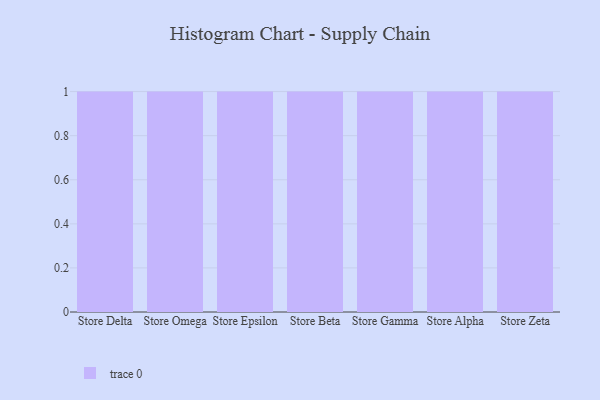
{"axis": {"x": "Store", "y": "Net Income (USD K)"}, "legend": [""], "data": [{"x": "Store Delta", "y": 19, "type": ""}, {"x": "Store Omega", "y": 22, "type": ""}, {"x": "Store Epsilon", "y": 33, "type": ""}, {"x": "Store Beta", "y": 9, "type": ""}, {"x": "Store Gamma", "y": 9, "type": ""}, {"x": "Store Alpha", "y": 59, "type": ""}, {"x": "Store Zeta", "y": 93, "type": ""}]}